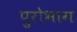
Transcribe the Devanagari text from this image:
पुरोभाग